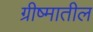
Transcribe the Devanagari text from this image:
ग्रीष्मातील